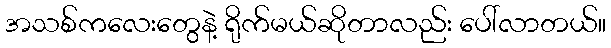
အသစ်ကလေးတွေနဲ့ ရိုက်မယ်ဆိုတာလည်း ပေါ်လာတယ်။